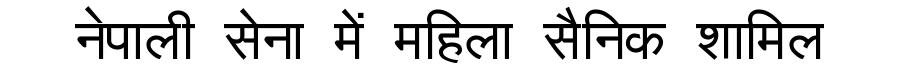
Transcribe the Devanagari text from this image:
नेपाली सेना में महिला सैनिक शामिल